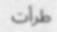
طرأت